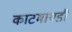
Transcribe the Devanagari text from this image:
काटमाण्डौ